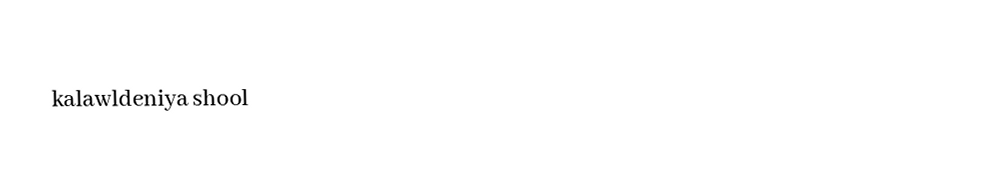
kalawldeniya shool